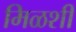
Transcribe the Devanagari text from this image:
मिळशी